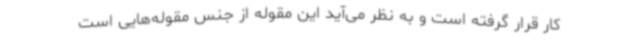
کار قرار گرفته است و به نظر می‌آید این مقوله از جنس مقوله‌هایی است